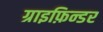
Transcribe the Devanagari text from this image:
ग्राइफ़िन्डर